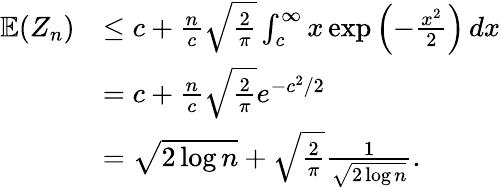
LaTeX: \begin{array}{rl}{\mathbb{E}(Z_{n})}&{\leq c+\frac{n}{c}\sqrt{\frac{2}{\pi}}\int_{c}^{\infty}x\exp\left(-\frac{x^{2}}{2}\right)\, dx}\\ &{=c+\frac{n}{c}\sqrt{\frac{2}{\pi}}e^{-c^{2}/2}}\\ &{=\sqrt{2\log n}+\sqrt{\frac{2}{\pi}}\frac{1}{\sqrt{2\log n}}.}\end{array}